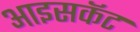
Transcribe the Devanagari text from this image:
आइसकॅट